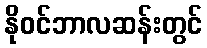
နိုဝင်ဘာလဆန်းတွင်